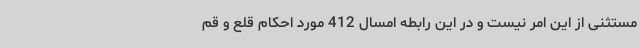
مستثنی از این امر نیست و در این رابطه امسال 412 مورد احکام قلع و قم